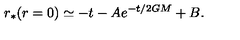
r _ { * } ( r = 0 ) \simeq - t - A e ^ { - t / 2 G M } + B .